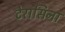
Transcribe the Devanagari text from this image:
टेरासिना